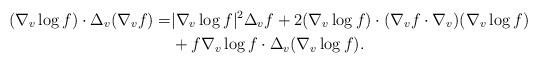
LaTeX: \begin{align*}(\nabla_v \log f)\cdot \Delta_v(\nabla_v f) =&|\nabla_v \log f|^2 \Delta_v f + 2(\nabla_v \log f) \cdot (\nabla_v f \cdot \nabla_v ) (\nabla_v \log f)\\& + f \nabla_v \log f \cdot \Delta_v (\nabla_v \log f).\end{align*}